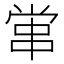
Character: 𡮕